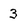
Character: 3